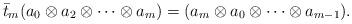
LaTeX: \begin{align*} \bar{t}_m(a_0\otimes a_2 \otimes \dots \otimes a_m)=(a_m \otimes a_0 \otimes \dots \otimes a_{m-1}). \end{align*}